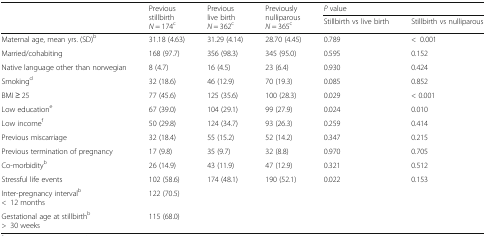
| <ROWSPAN=2>  | <ROWSPAN=2> Previous stillbirthN = 174c | <ROWSPAN=2> Previous live birthN = 362c | <ROWSPAN=2> Previously nulliparousN = 365c | <COLSPAN=2> P value |
 | Stillbirth vs live birth | Stillbirth vs nulliparous |
 | --- | --- | --- | --- | --- | --- |
 | Maternal age, mean yrs. (SD)b | 31.18 (4.63) | 31.29 (4.14) | 28.70 (4.45) | 0.789 | <0.001 |
 | Married/cohabiting | 168 (97.7) | 356 (98.3) | 345 (95.0) | 0.595 | 0.152 |
 | Native language other than norwegian | 8 (4.7) | 16 (4.5) | 23 (6.4) | 0.930 | 0.424 |
 | Smokingd | 32 (18.6) | 46 (12.9) | 70 (19.3) | 0.085 | 0.852 |
 | BMI ≥ 25 | 77 (45.6) | 125 (35.6) | 100 (28.3) | 0.029 | < 0.001 |
 | Low educatione | 67 (39.0) | 104 (29.1) | 99 (27.9) | 0.024 | 0.010 |
 | Low incomef | 50 (29.8) | 124 (34.7) | 93 (26.3) | 0.259 | 0.414 |
 | Previous miscarriage | 32 (18.4) | 55 (15.2) | 52 (14.2) | 0.347 | 0.215 |
 | Previous termination of pregnancy | 17 (9.8) | 35 (9.7) | 32 (8.8) | 0.970 | 0.705 |
 | Co-morbidityb | 26 (14.9) | 43 (11.9) | 47 (12.9) | 0.321 | 0.512 |
 | Stressful life events | 102 (58.6) | 174 (48.1) | 190 (52.1) | 0.022 | 0.153 |
 | Inter-pregnancy intervalb<12 months | 122 (70.5) |  |  |  |  |
 | Gestational age at stillbirthb>30 weeks | 115 (68.0) |  |  |  |  |